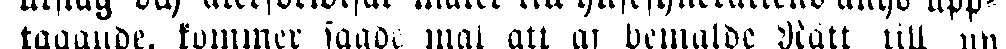
tagande, kommer sagde mal att är bemalde Rätt till ny